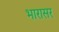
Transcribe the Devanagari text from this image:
भारासर